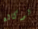
لوكالة